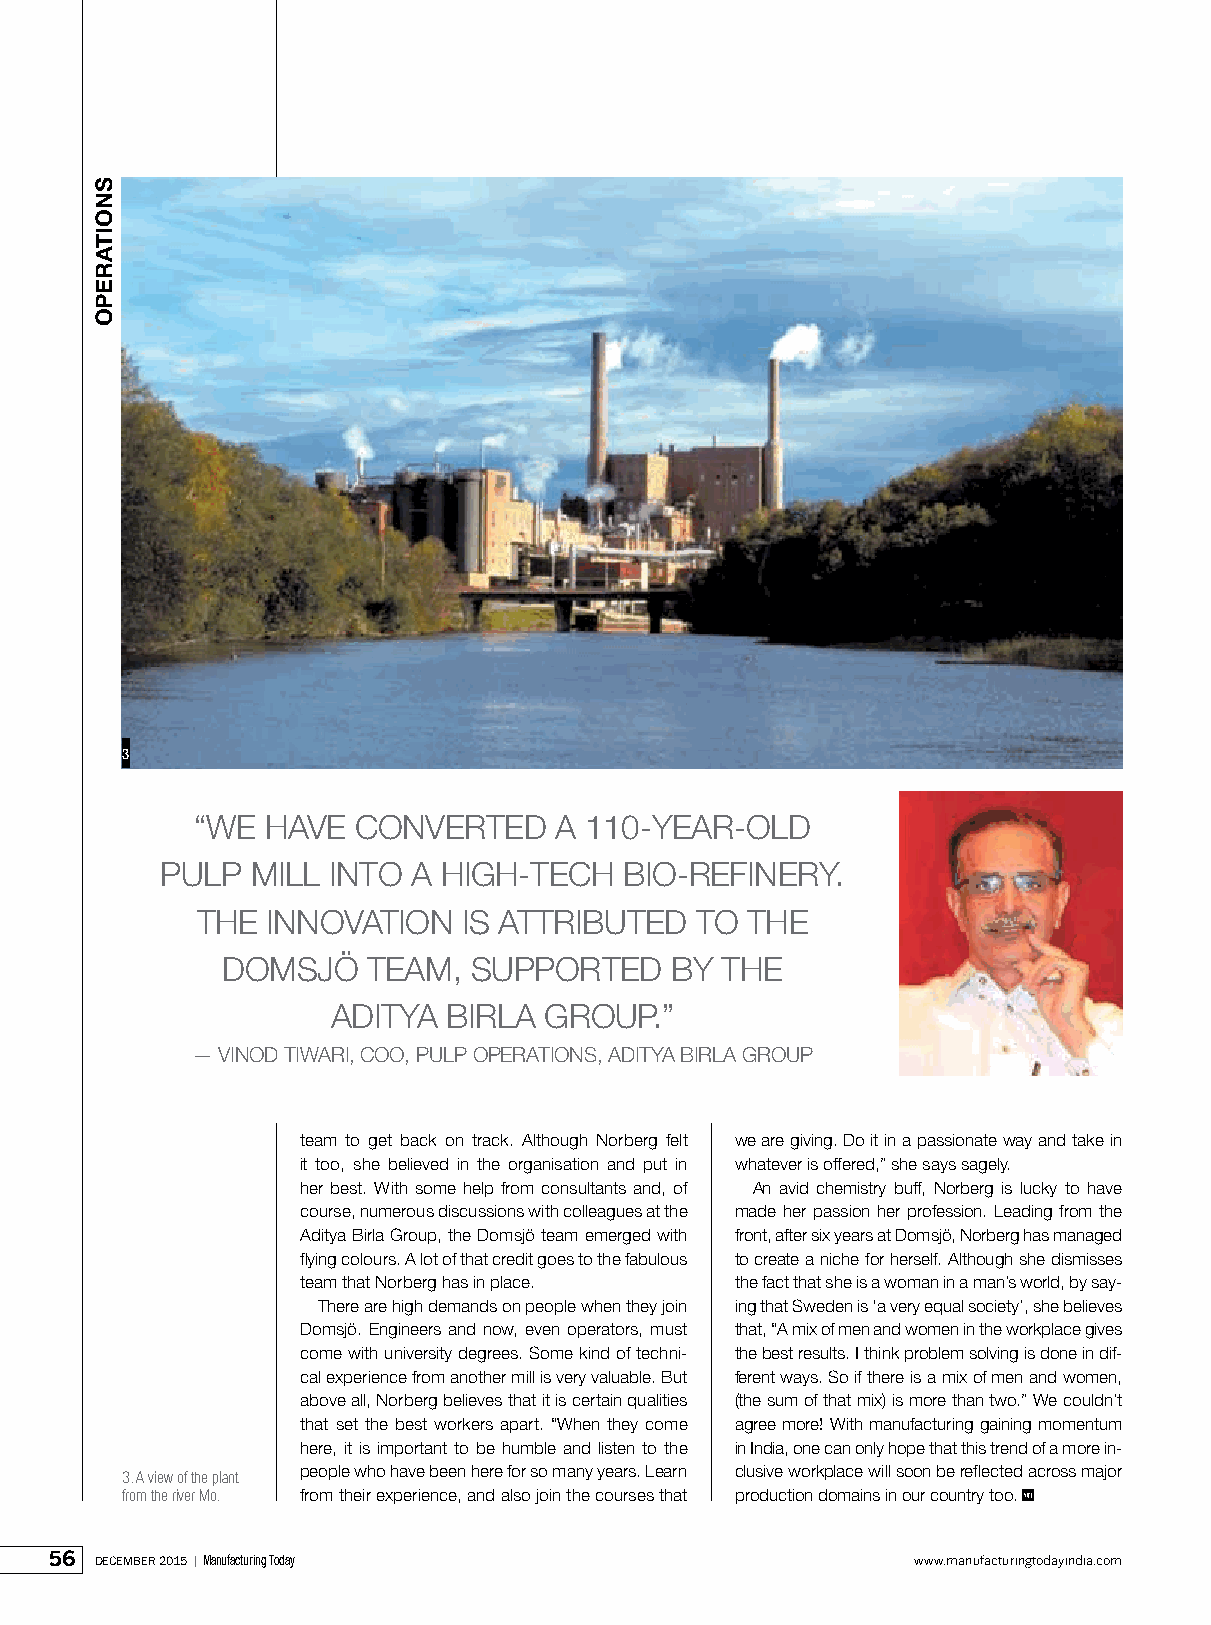
3
 “WE  HAvE  CONvERTED    A 110-yEAR-OlD
 PulP  MIll INTO A HIGH-TECH    BIO-REFINERy.
 THE  INNOvATION   IS ATTRIBuTED  TO  THE
 DOMSjÖ   TEAM,  SuPPORTED     By THE
 ADITyA  BIRlA GROuP.”
 — vINOD TIWARI, COO, PulP OPERATIONS, ADITyA BIRlA GROuP
 team to get back on track. Although Norberg felt we are giving. Do it in a passionate way and take in
 it too, she believed in the organisation and put in whatever is offered,” she says sagely.
 her best. With some help from consultants and, of An avid chemistry buff, Norberg is lucky to have
 course, numerous discussions with colleagues at the made her passion her profession. leading from the
 Aditya Birla Group, the Domsjö team emerged with front, after six years at Domsjö, Norberg has managed
 flying colours. A lot of that credit goes to the fabulous to create a niche for herself. Although she dismisses
 team that Norberg has in place. the fact that she is a woman in a man’s world, by say-
 There are high demands on people when they join ing that Sweden is ‘a very equal society’, she believes
 Domsjö. Engineers and now, even operators, must that, “A mix of men and women in the workplace gives
 come with university degrees. Some kind of techni- the best results. I think problem solving is done in dif-
 cal experience from another mill is very valuable. But ferent ways. So if there is a mix of men and women,
 above all, Norberg believes that it is certain qualities (the sum of that mix) is more than two.” We couldn’t
 that set the best workers apart. “When they come agree more! With manufacturing gaining momentum
 here, it is important to be humble and listen to the in India, one can only hope that this trend of a more in-
 3. a view of the plant people who have been here for so many years. learn clusive workplace will soon be reflected across major
 from the river mo. from their experience, and also join the courses that production domains in our country too.
 56 december 2015 | Manufacturing Today                    www.manufacturingtodayindia.com
 snoitarepo